Civil Veterinary Department ledger series I-VI
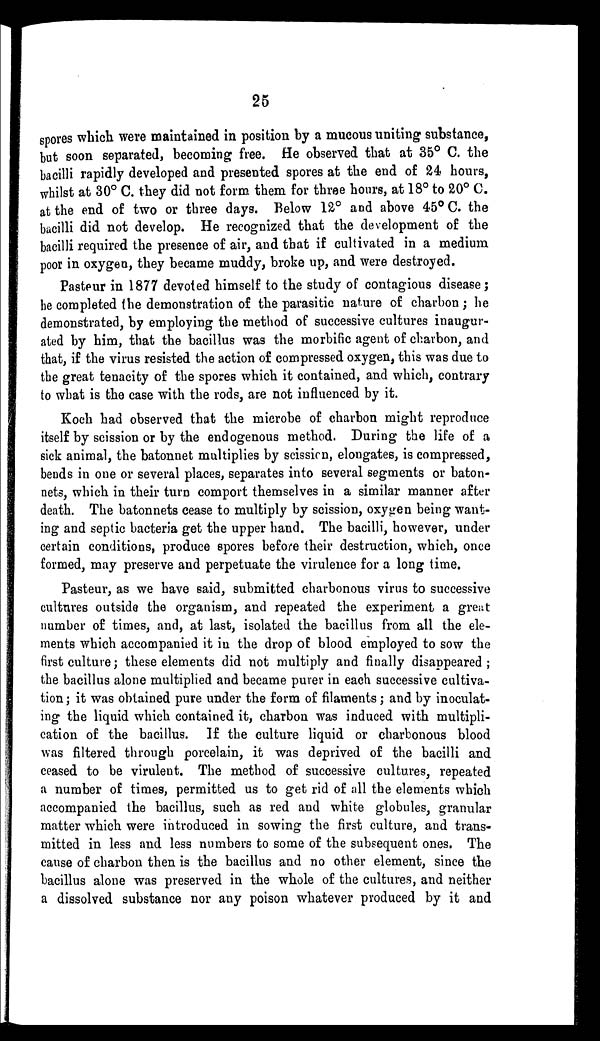
25
spores which were maintained in position by a mucous uniting substance,
but soon separated, becoming free. He observed that at 35° C. the
bacilli rapidly developed and presented spores at the end of 24 hours,
whilst at 30° C. they did not form them for three hours, at 18° to 20° C.
at the end of two or three days. Below 12° and above 45° C. the
bacilli did not develop. He recognized that the development of the
bacilli required the presence of air, and that if cultivated in a medium
poor in oxygen, they became muddy, broke up, and were destroyed.
Pasteur in 1877 devoted himself to the study of contagious disease;
he completed the demonstration of the parasitic nature of charbon; he
demonstrated, by employing the method of successive cultures inaugur-
ated by him, that the bacillus was the morbific agent of charbon, and
that, if the virus resisted the action of compressed oxygen, this was due to
the great tenacity of the spores which it contained, and which, contrary
to what is the case with the rods, are not influenced by it.
Koch had observed that the microbe of charbon might reproduce
itself by scission or by the endogenous method. During the life of a
sick animal, the batonnet multiplies by scission, elongates, is compressed,
bends in one or several places, separates into several segments or baton-
nets, which in their turn comport themselves in a similar manner after
death. The batonnets cease to multiply by scission, oxygen being want-
ing and septic bacteria get the upper hand. The bacilli, however, under
certain conditions, produce spores before their destruction, which, once
formed, may preserve and perpetuate the virulence for a long time.
Pasteur, as we have said, submitted charbonous virus to successive
cultures outside the organism, and repeated the experiment a great
number of times, and, at last, isolated the bacillus from all the ele-
ments which accompanied it in the drop of blood employed to sow the
first culture; these elements did not multiply and finally disappeared;
the bacillus alone multiplied and became purer in each successive cultiva-
tion; it was obtained pure under the form of filaments; and by inoculat-
ing the liquid which contained it, charbon was induced with multipli-
cation of the bacillus. If the culture liquid or charbonous blood
was filtered through porcelain, it was deprived of the bacilli and
ceased to be virulent. The method of successive cultures, repeated
a number of times, permitted us to get rid of all the elements which
accompanied the bacillus, such as red and white globules, granular
matter which were introduced in sowing the first culture, and trans-
mitted in less and less numbers to some of the subsequent ones. The
cause of charbon then is the bacillus and no other element, since the
bacillus alone was preserved in the whole of the cultures, and neither
a dissolved substance nor any poison whatever produced by it and